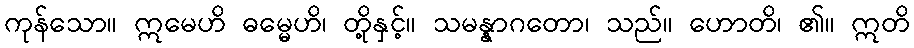
ကုန်သော။ ဣမေဟိ ဓမ္မေဟိ၊ တို့နှင့်။ သမန္နာဂတော၊ သည်။ ဟောတိ၊ ၏။ ဣတိ